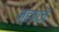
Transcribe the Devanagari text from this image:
म्हणजॆ